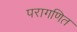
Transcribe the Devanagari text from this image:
परागणित